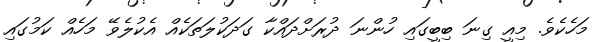
މަހެކެވެ. މިއީ ގިނަ ބިބީގައި ހުންނަ ދުރަށްދައްކާ ގަދަކުލަތަކެއް އެކުލެވޭ މަހެއް ކަމުގައި